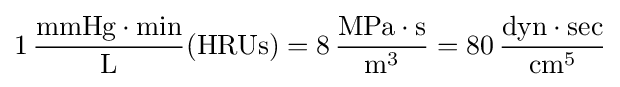
1\,{\frac {{\text{mmHg}}\cdot {\text{min}}}{\text{ L }}}({\text{HRUs}})=8\,{\frac {{\text{MPa}}\cdot {\text{s}}}{{\text{m}}^{3}}}=80\,{\frac {{\text{dyn}}\cdot {\text{sec}}}{{\text{cm}}^{5}}}